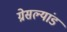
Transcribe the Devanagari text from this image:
ग्रेसल्यांड